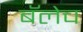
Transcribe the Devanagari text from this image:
बॅलेच